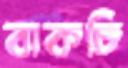
বাকচি